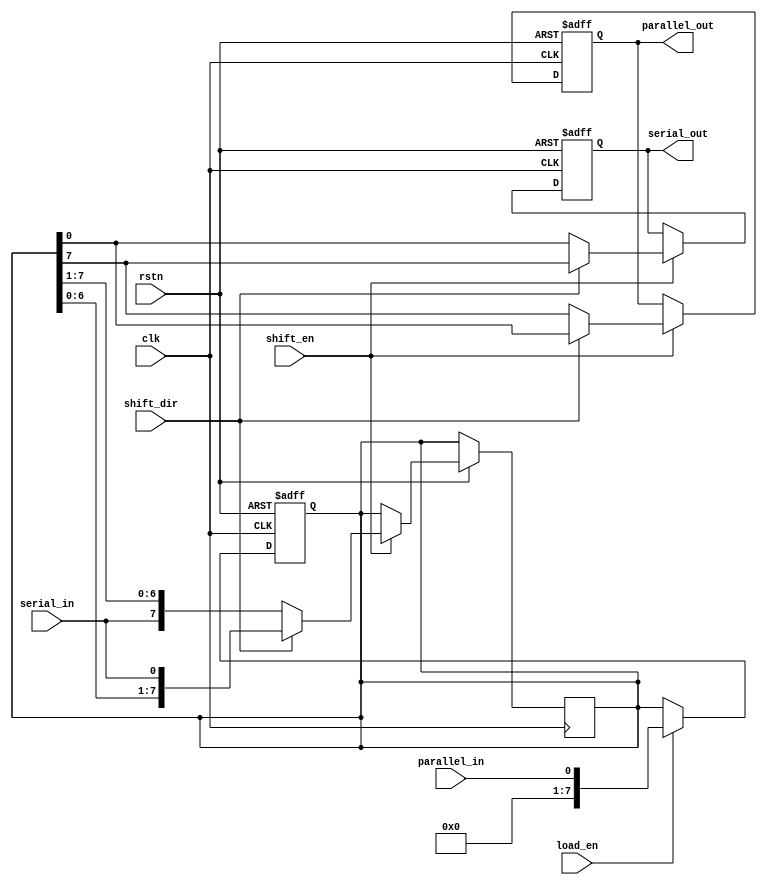
module universal_shift_register(
    input wire clk,        // Clock signal
    input wire rstn,       // Reset signal
    input wire shift_dir,  // Shift direction (0: right, 1: left)
    input wire load_en,    // Enable signal for parallel loading
    input wire parallel_in, // Parallel input data
    input wire serial_in,  // Serial input data
    input wire shift_en,   // Enable signal for shifting
    output reg parallel_out, // Parallel output data
    output reg serial_out   // Serial output data
);

reg [7:0] shift_reg; // 8-bit shift register

// Parallel loading operation
always @(posedge clk or negedge rstn)
begin
    if (!rstn)
        shift_reg <= 8'h00;
    else if (load_en)
        shift_reg <= parallel_in;
end

// Shift operations
always @(posedge clk or negedge rstn)
begin
    if (!rstn)
    begin
        parallel_out <= 8'h00;
        serial_out <= 1'b0;
    end
    else if (shift_en)
    begin
        if (shift_dir) // Left shift
        begin
            parallel_out <= shift_reg[0];
            shift_reg <= {shift_reg[6:0], serial_in};
            serial_out <= shift_reg[7];
        end
        else // Right shift
        begin
            parallel_out <= shift_reg[7];
            shift_reg <= {serial_in, shift_reg[7:1]};
            serial_out <= shift_reg[0];
        end
    end
end

endmodule